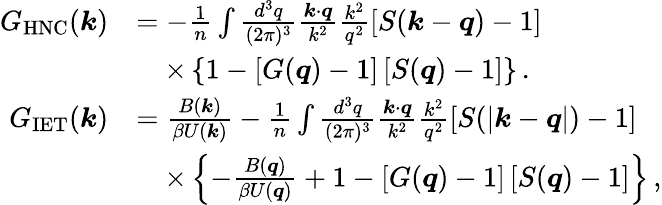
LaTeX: \begin{array}{rl}{G_{\mathrm{HNC}}(\boldsymbol{k})}&{=-\frac{1}{n}\int\frac{d^{3}q}{(2\pi)^{3}}\frac{\boldsymbol{k}\cdot\boldsymbol{q}}{k^{2}}\frac{k^{2}}{q^{2}}\left[S(\boldsymbol{k}-\boldsymbol{q})-1\right]}\\ &{\quad\times\left\{ 1-\left[{G}(\boldsymbol{q})-1\right]\left[S(\boldsymbol{q})-1\right]\right\} \, .}\\ {G_{\mathrm{IET}}(\boldsymbol{k})}&{=\frac{{B}(\boldsymbol{k})}{\beta{U}(\boldsymbol{k})}-\frac{1}{n}\int\frac{d^{3}q}{(2\pi)^{3}}\frac{\boldsymbol{k}\cdot\boldsymbol{q}}{k^{2}}\frac{k^{2}}{q^{2}}\left[S(|\boldsymbol{k}-\boldsymbol{q}|)-1\right]}\\ &{\quad\times\left\{ -\frac{B(\boldsymbol{q})}{\beta{U}(\boldsymbol{q})}+1-\left[G(\boldsymbol{q})-1\right]\left[S(\boldsymbol{q})-1\right]\right\} \, ,}\end{array}